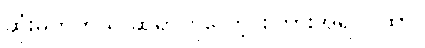
ဆုံးမတတ်သူ ဆရာဟူလော့ စကားအရ ဂါထာ။